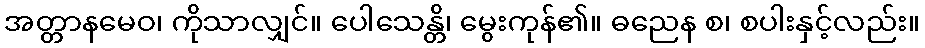
အတ္တာနမေဝ၊ ကိုသာလျှင်။ ပေါသေန္တိ၊ မွေးကုန်၏။ ဓညေန စ၊ စပါးနှင့်လည်း။